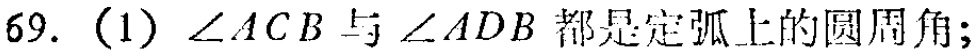
69. (1) $\angle ACB$与$\angle ADB$都是定弧上的圆周角;